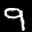
Label: 9